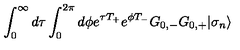
\int _ { 0 } ^ { \infty } d \tau \int _ { 0 } ^ { 2 \pi } d \phi { \textstyle e } ^ { \tau T _ { + } } { \textstyle e } ^ { \phi T _ { - } } G _ { 0 , - } G _ { 0 , + } | \sigma _ { n } \rangle